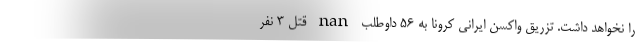
را نخواهد داشت. تزریق واکسن ایرانی کرونا به ۵۶ داوطلب nan قتل 3 نفر